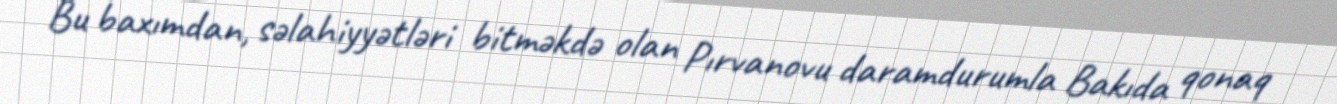
Bu baxımdan, səlahiyyətləri bitməkdə olan Pırvanovu daramdurumla Bakıda qonaq